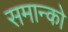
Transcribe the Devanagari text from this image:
समान्को